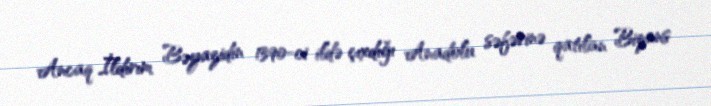
Ancaq İldırım Bəyazidin 1390-ci ildə çıxdığı Anadolu səfərinə qatılan Bizans